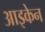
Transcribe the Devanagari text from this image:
आइकेन